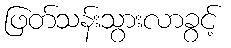
ဖြတ်သန်းသွားလာခွင့်